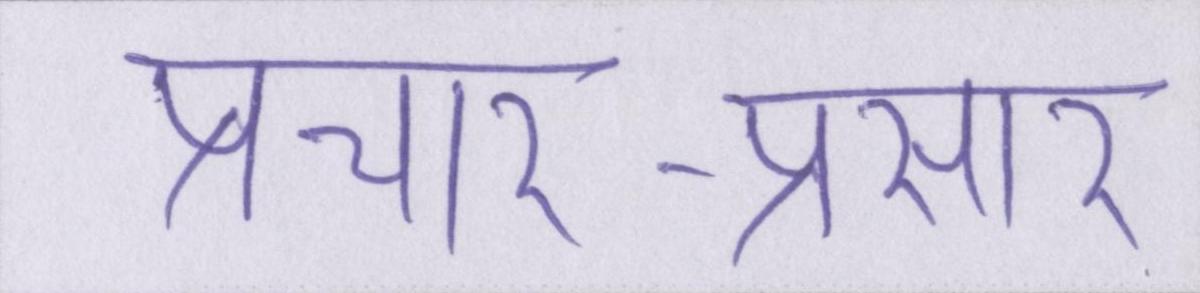
प्रचार-प्रसार